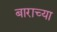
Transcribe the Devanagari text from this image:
बाराच्या